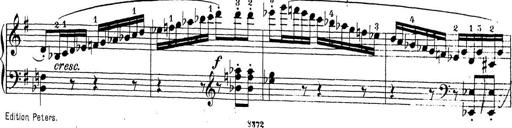
Title: Sonatina Album
Composer: Louis KÃ¶hler